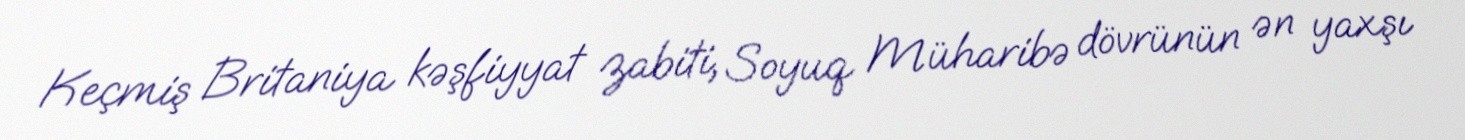
Keçmiş Britaniya kəşfiyyat zabiti, Soyuq Müharibə dövrünün ən yaxşı